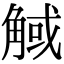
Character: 𧣼